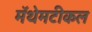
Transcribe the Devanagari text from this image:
मॅथेमटीकल